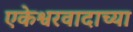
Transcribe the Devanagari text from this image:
एकेश्वरवादाच्या